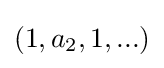
(1,a_{2},1,...)